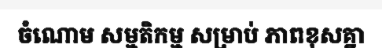
ចំណោម សម្មតិកម្ម សម្រាប់ ភាពខុសគ្នា